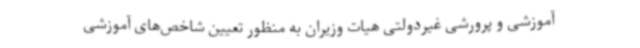
آموزشی و پرورشی غیردولتی هیات وزیران به منظور تعیین شاخص‌های آموزشی